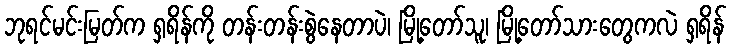
ဘုရင်မင်းမြတ်က ရှရိန်ကို တန်းတန်းစွဲနေတာပဲ၊ မြို့တော်သူ၊ မြို့တော်သားတွေကလဲ ရှရိန်